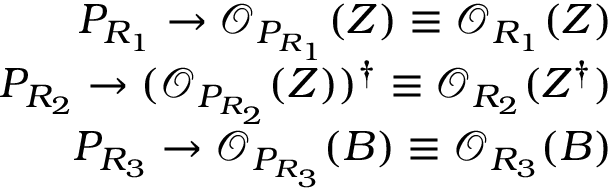
\begin{array} { r l r } & { } & { P _ { R _ { 1 } } \rightarrow \mathcal { O } _ { P _ { R _ { 1 } } } ( Z ) \equiv \mathcal { O } _ { R _ { 1 } } ( Z ) } \\ & { } & { P _ { R _ { 2 } } \rightarrow ( \mathcal { O } _ { P _ { R _ { 2 } } } ( Z ) ) ^ { \dagger } \equiv \mathcal { O } _ { R _ { 2 } } ( Z ^ { \dagger } ) } \\ & { } & { P _ { R _ { 3 } } \rightarrow \mathcal { O } _ { P _ { R _ { 3 } } } ( B ) \equiv \mathcal { O } _ { R _ { 3 } } ( B ) } \end{array}